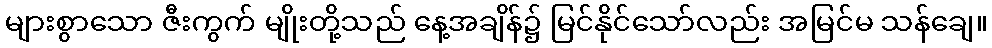
များစွာသော ဇီးကွက် မျိုးတို့သည် နေ့အချိန်၌ မြင်နိုင်သော်လည်း အမြင်မ သန်ချေ။